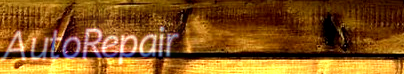
AutoRepair